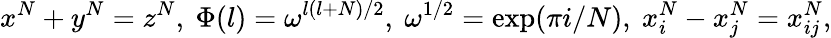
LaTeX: x^{N}+y^{N}=z^{N},~\Phi(l)=\omega^{l(l+N)/2},~\omega^{1/2}=\exp(\pi i/N),{}~x_{i}^{N}-x_{j}^{N}=x_{ij}^{N},